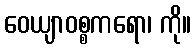
ဝေယျာဝစ္စကရော၊ ကို။